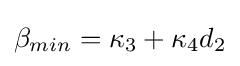
\beta _{min}=\kappa _{3}+\kappa _{4}d_{2}